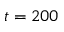
t = 2 0 0